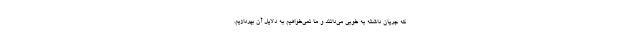
که جریان داشته به خوبی می‌دانند و ما نمی‌خواهیم به دلایل آن بپردازیم.